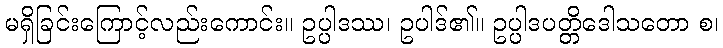
မရှိခြင်းကြောင့်လည်းကောင်း။ ဥပ္ပါဒဿ၊ ဥပါဒ်၏။ ဥပ္ပါဒပတ္တိဒေါသတော စ၊